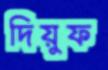
দিয়ুফ